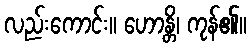
လည်းကောင်း။ ဟောန္တိ၊ ကုန်၏။